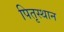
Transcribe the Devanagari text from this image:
पितृस्थान